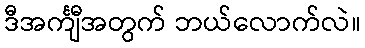
ဒီအင်္ကျီအတွက် ဘယ်လောက်လဲ။